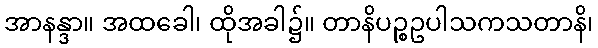
အာနန္ဒာ။ အထခေါ၊ ထိုအခါ၌။ တာနိပဉ္စဥပါသကသတာနိ၊